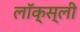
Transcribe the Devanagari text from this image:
लॉक्स्ली